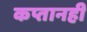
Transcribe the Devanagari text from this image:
कप्तानही